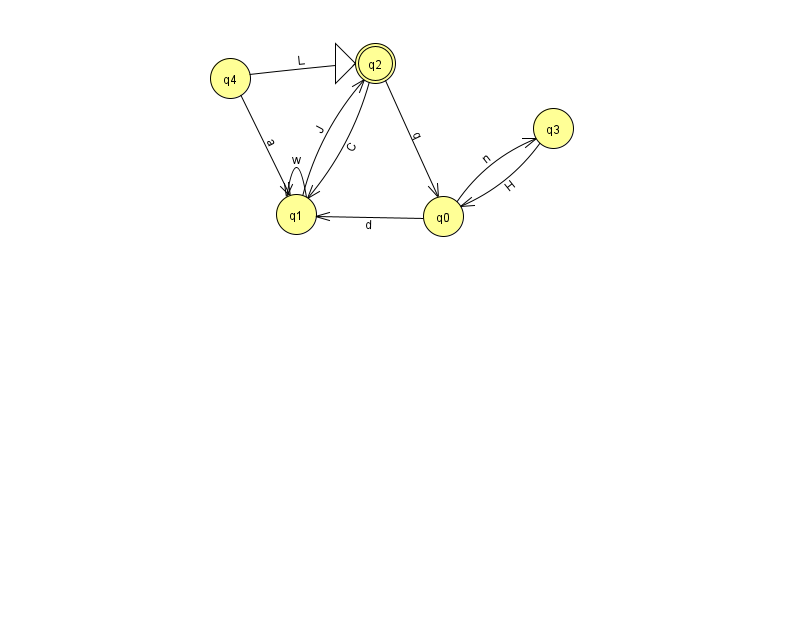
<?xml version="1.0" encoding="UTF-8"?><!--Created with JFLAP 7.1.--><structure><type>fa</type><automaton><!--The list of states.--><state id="0" name="q0"><x>443.0</x><y>203.0</y></state><state id="1" name="q1"><x>296.0</x><y>201.0</y></state><state id="2" name="q2"><x>375.0</x><y>50.0</y><initial/><final/></state><state id="3" name="q3"><x>553.0</x><y>115.0</y></state><state id="4" name="q4"><x>230.0</x><y>65.0</y></state><!--The list of transitions.--><transition><from>0</from><to>1</to><read>d</read></transition><transition><from>2</from><to>1</to><read>C</read></transition><transition><from>4</from><to>2</to><read>L</read></transition><transition><from>2</from><to>0</to><read>q</read></transition><transition><from>1</from><to>1</to><read>w</read></transition><transition><from>0</from><to>3</to><read>n</read></transition><transition><from>1</from><to>2</to><read>J</read></transition><transition><from>3</from><to>0</to><read>H</read></transition><transition><from>4</from><to>1</to><read>a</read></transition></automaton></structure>